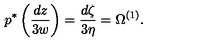
p ^ { * } \left( \frac { d z } { 3 w } \right) = \frac { d \zeta } { 3 \eta } = \Omega ^ { ( 1 ) } .